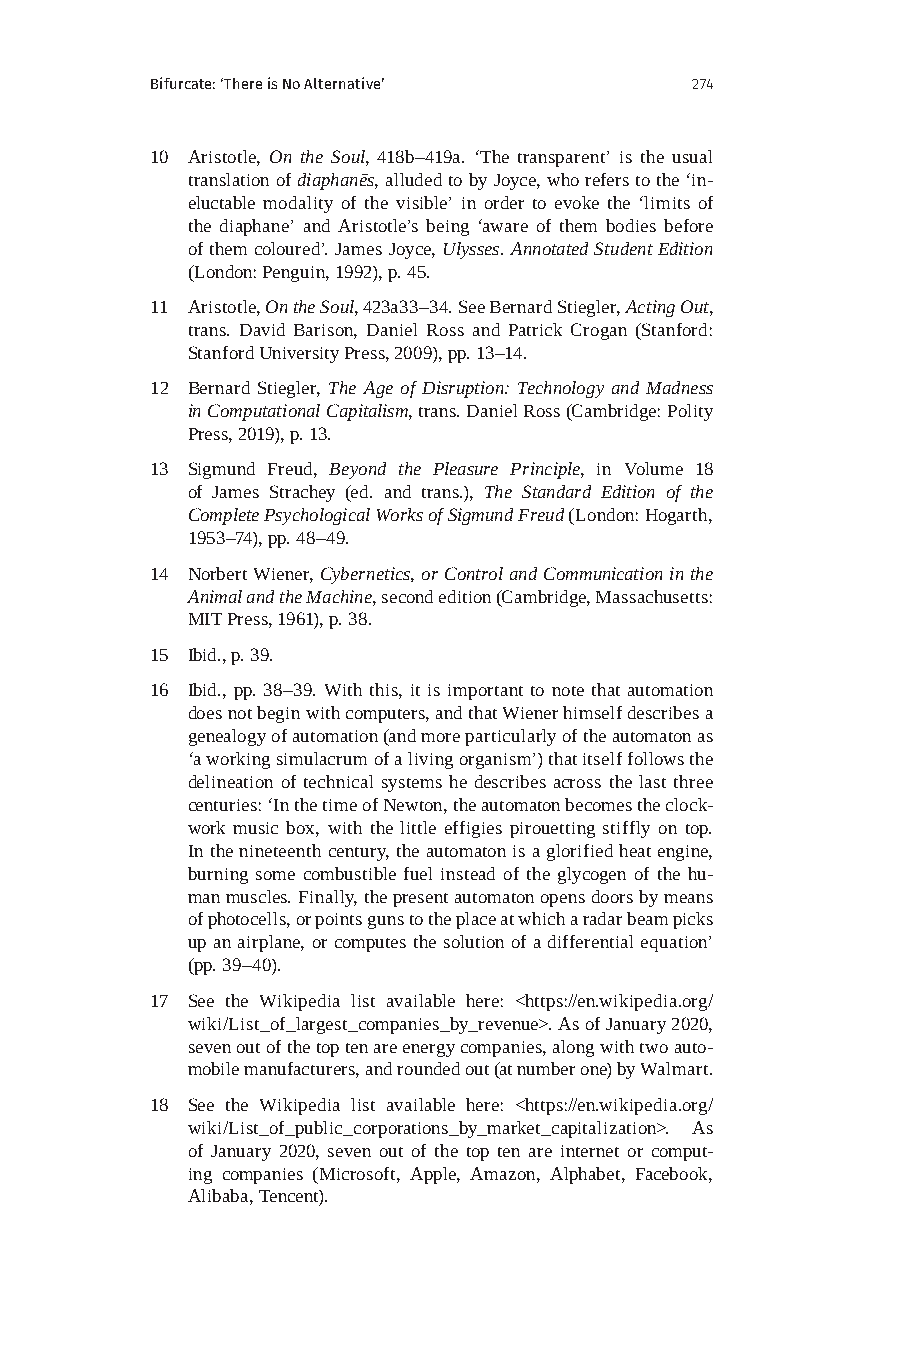
Bifurcate: ‘There is No Alternative’ 274
 10 Aristotle, On the Soul, 418b–419a. ‘The transparent’ is the usual
 translation of diaphanēs, alluded to by Joyce, who refers to the ‘in-
 eluctable modality of the visible’ in order to evoke the ‘limits of
 the diaphane’ and Aristotle’s being ‘aware of them bodies before
 of them coloured’. James Joyce, Ulysses. Annotated Student Edition
 (London: Penguin, 1992), p. 45.
 11 Aristotle, On the Soul, 423a33–34. See Bernard Stiegler, Acting Out,
 trans. David Barison, Daniel Ross and Patrick Crogan (Stanford:
 Stanford University Press, 2009), pp. 13–14.
 12 Bernard Stiegler, The Age of Disruption: Technology and Madness
 in Computational Capitalism, trans. Daniel Ross (Cambridge: Polity
 Press, 2019), p. 13.
 13 Sigmund Freud, Beyond the Pleasure Principle, in Volume 18
 of James Strachey (ed. and trans.), The Standard Edition of the
 Complete Psychological Works of Sigmund Freud (London: Hogarth,
 1953–74), pp. 48–49.
 14 Norbert Wiener, Cybernetics, or Control and Communication in the
 Animal and the Machine, second edition (Cambridge, Massachusetts:
 MIT Press, 1961), p. 38.
 15 Ibid., p. 39.
 16 Ibid., pp. 38–39. With this, it is important to note that automation
 does not begin with computers, and that Wiener himself describes a
 genealogy of automation (and more particularly of the automaton as
 ‘a working simulacrum of a living organism’) that itself follows the
 delineation of technical systems he describes across the last three
 centuries: ‘In the time of Newton, the automaton becomes the clock-
 work music box, with the little effigies pirouetting stiffly on top.
 In the nineteenth century, the automaton is a glorified heat engine,
 burning some combustible fuel instead of the glycogen of the hu-
 man muscles. Finally, the present automaton opens doors by means
 of photocells, or points guns to the place at which a radar beam picks
 up an airplane, or computes the solution of a differential equation’
 (pp. 39–40).
 17 See the Wikipedia list available here: <https://en.wikipedia.org/
 wiki/List_of_largest_companies_by_revenue>. As of January 2020,
 seven out of the top ten are energy companies, along with two auto-
 mobile manufacturers, and rounded out (at number one) by Walmart.
 18 See the Wikipedia list available here: <https://en.wikipedia.org/
 wiki/List_of_public_corporations_by_market_capitalization>. As
 of January 2020, seven out of the top ten are internet or comput-
 ing companies (Microsoft, Apple, Amazon, Alphabet, Facebook,
 Alibaba, Tencent).